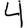
Digit: 4